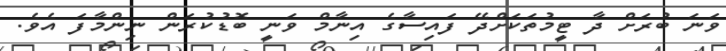
ވަނަ ބުރަށް ދާ ޓީމުތަކަށްދޭ ފައިސާގެ އިނާމް ވަނީ ބޮޑުކުރަން ނިންމާފަ އެވެ.